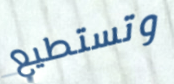
وتستطيع